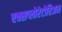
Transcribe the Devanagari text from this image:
एक्सप्लोरेटोरिअम